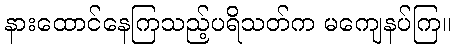
နားထောင်နေကြသည့်ပရိသတ်က မကျေနပ်ကြ။